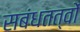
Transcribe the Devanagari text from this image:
सबंधतत्वों